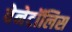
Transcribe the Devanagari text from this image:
वेनेटॉलिस